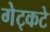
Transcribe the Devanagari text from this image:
गेट्कटे